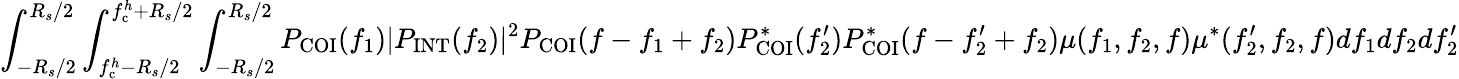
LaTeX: \int_{-R_{s}/2}^{R_{s}/2}\int_{f_{\mathrm{c}}^{h}-R_{s}/2}^{f_{\mathrm{c}}^{h}+R_{s}/2}\int_{-R_{s}/2}^{R_{s}/2}P_{\mathrm{COI}}(f_{1})|P_{\mathrm{INT}}(f_{2})|^{2}P_{\mathrm{COI}}(f-f_{1}+f_{2})P_{\mathrm{COI}}^{\ast}(f_{2}^{\prime})P_{\mathrm{COI}}^{\ast}(f-f_{2}^{\prime}+f_{2})\mu(f_{1},f_{2},f)\mu^{\ast}(f_{2}^{\prime},f_{2},f)df_{1}df_{2}df_{2}^{\prime}